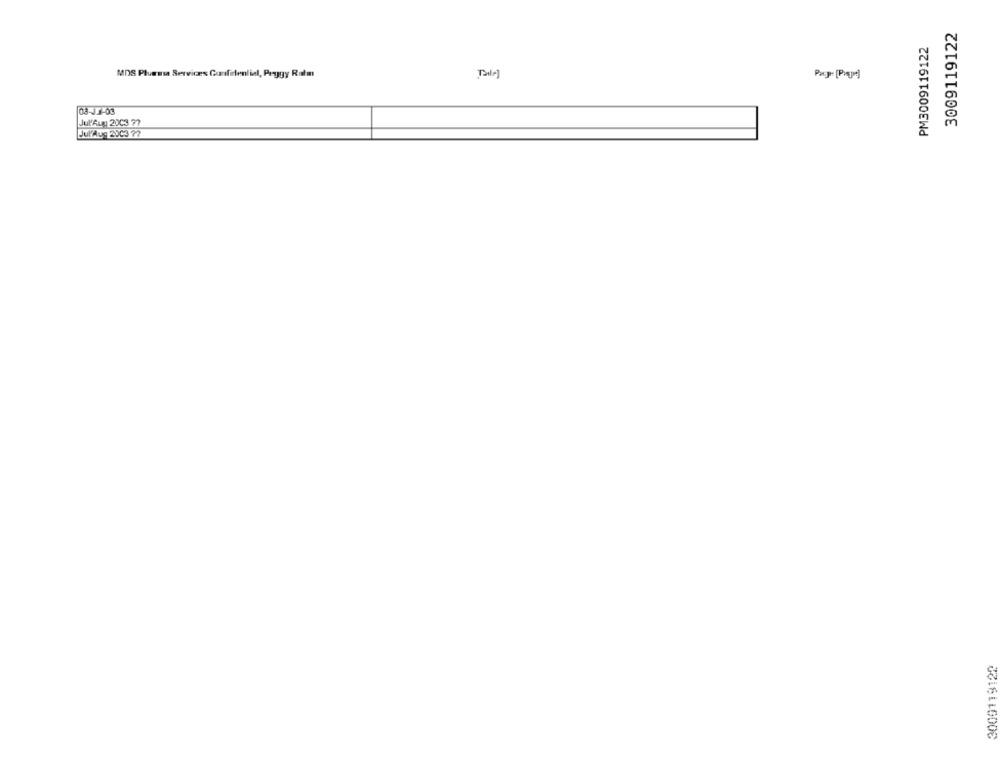
3009119122
PM3009119122
MDS Pluessa Serviræs Confidential, Peggy Ratm
Tale]
03-01-03
Jul'ALL 2003 77
Jul'Aug 2003 72
3009119128